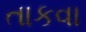
તાકવા